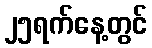
၂၅ရက်နေ့တွင်